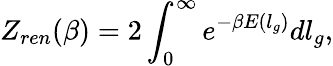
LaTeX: Z_{ren}(\beta)=2\int_{0}^{\infty}e^{-\beta E(l_{g})}dl_{g},